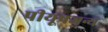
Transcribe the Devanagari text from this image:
पीयूषजन्य